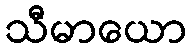
သီမာယော